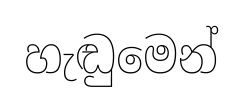
හැඬුමෙන්